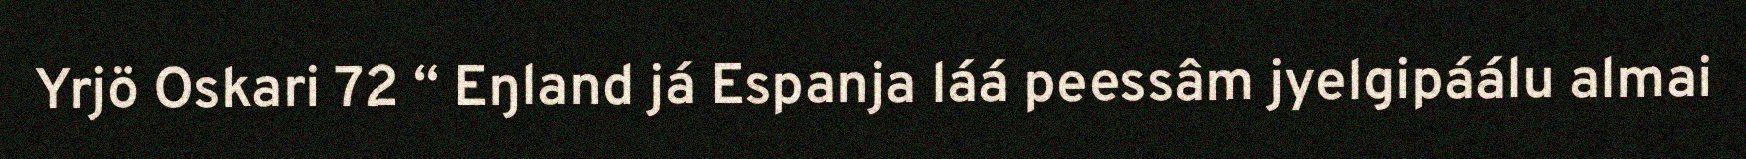
Yrjö Oskari 72 “ Eŋland já Espanja láá peessâm jyelgipáálu almai